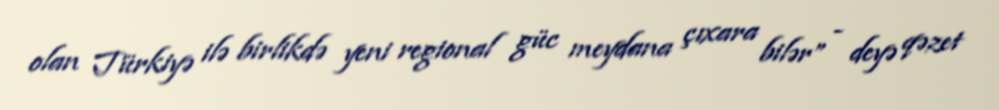
olan Türkiyə ilə birlikdə yeni regional güc meydana çıxara bilər” - deyə qəzet